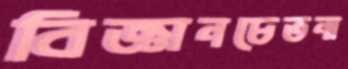
বিজ্ঞানচেতনা